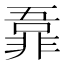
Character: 𬰜